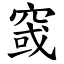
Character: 窢